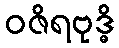
ဝဇိရဗုဒ္ဓိ